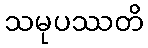
သမုပဿတိ